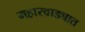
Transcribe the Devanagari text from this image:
महारवाड्यात